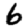
Digit: 6